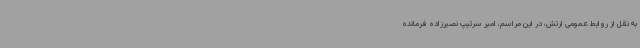
به نقل از روابط عمومی ارتش، در این مراسم، امیر سرتیپ نصیرزاده فرمانده